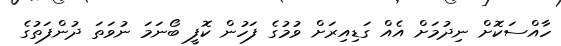
ހާއްސަކޮށް ނިދުމަށް އެއް ގަޑިއިރަށް ވުމުގެ ފަހުން ކޮފީ ބޯނަމަ ނުވަތަ ދުންފަތުގެ